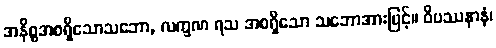
အနိစ္စအစရှိသောသဘော, လက္ခဏ ရသ အစရှိသော သဘောအားဖြင့်။ ဝိပဿနာနံ၊